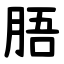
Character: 䏸